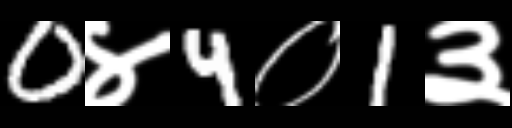
Text: 0४4०1३